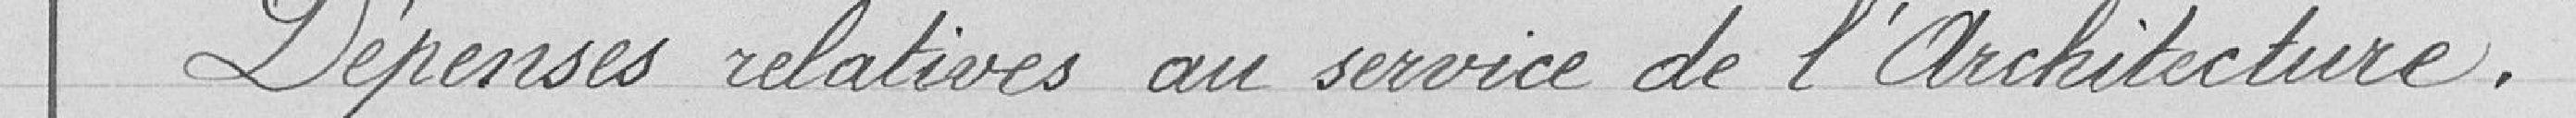
Dépenses relatives au service de l'Architecture.